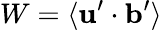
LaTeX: W=\langle{{\mathbf{u}}^{\prime}\cdot{\mathbf{b}}^{\prime}}\rangle